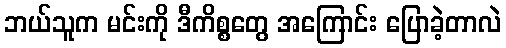
ဘယ်သူက မင်းကို ဒီကိစ္စတွေ အကြောင်း ပြောခဲ့တာလဲ